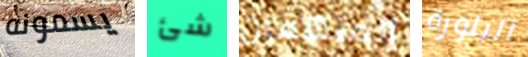
يسمونه شئ المتهمين البلورة